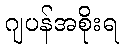
ဂျပန်အစိုးရ